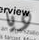
ديا